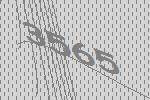
3565